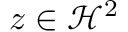
z \in \mathcal H ^ { 2 }